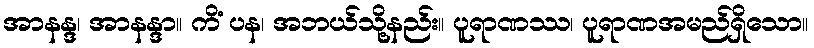
အာနန္ဒ၊ အာနန္ဒာ။ ကိံ ပန၊ အဘယ်သို့နည်း။ ပူရာဏဿ၊ ပူရာဏအမည်ရှိသော။